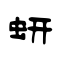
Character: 蚈